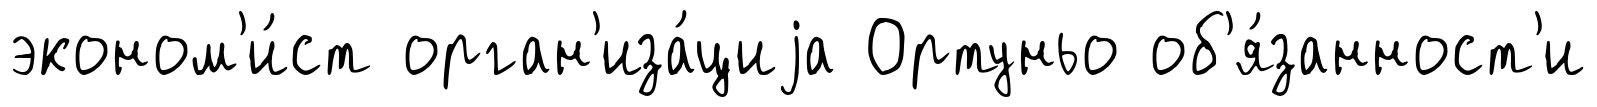
эконом'и́ст орган'иза́циjа Ортуньо об'я́занност'и